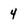
Character: 4